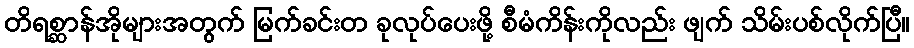
တိရစ္ဆာန်အိုများအတွက် မြက်ခင်းတ ခုလုပ်ပေးဖို့ စီမံကိန်းကိုလည်း ဖျက် သိမ်းပစ်လိုက်ပြီ။